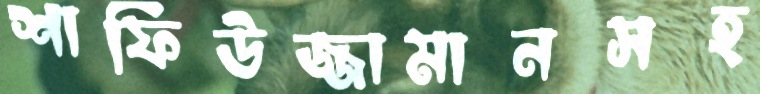
শাফিউজ্জামানসহ